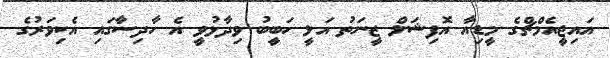
އައިޖީއެމްޗްގެ މީޑިއާ އޮފިޝަލް ޒީނަތު އަލީ ހަބީބު ވިދާޅުވީ އެ ހާދިސާގައި އެކިވަރުގެ